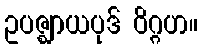
ဥပဇ္ဈာယပုဒ် ဝိဂ္ဂဟ။